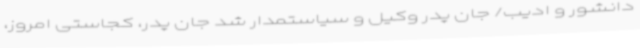
دانشور و ادیب/ جان پدر وکیل و سیاستمدار شد جان پدر، کجاستی امروز،